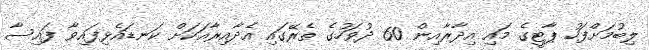
ލިބުމަށްފަހު ޕާޓީގެ މައި އިދާރާއިން 60 ދުވަހުގެ ތެރޭގައި އެދާއިރާއަކަށް ކަނޑައެޅިފައިވާ ފައިސާ